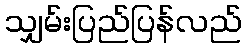
သျှမ်းပြည်ပြန်လည်